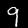
Digit: 9